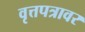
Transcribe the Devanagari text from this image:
वृत्तपत्रावर